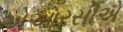
એઆરસીએ